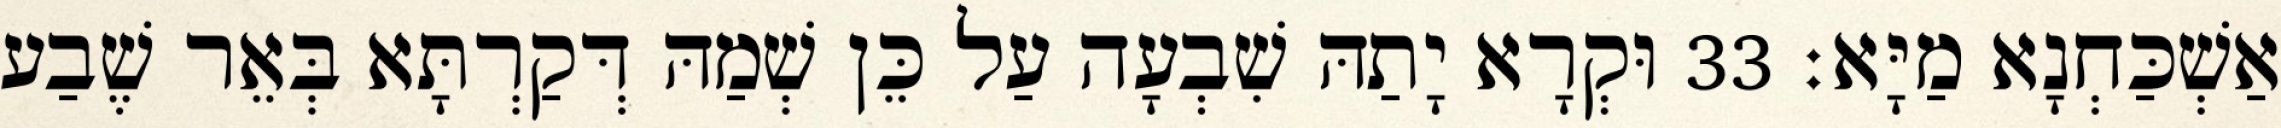
אַשְׁכַּחְנָא מַיָּא׃ 33 וּקְרָא יָתַהּ שִׁבְעָה עַל כֵּן שְׁמַהּ דְּקַרְתָּא בְּאֵר שֶׁבַע